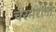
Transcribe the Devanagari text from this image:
चरमराना